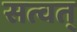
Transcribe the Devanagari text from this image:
सत्वत्